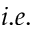
i . e .